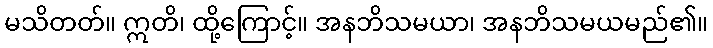
မသိတတ်။ ဣတိ၊ ထို့ကြောင့်။ အနဘိသမယာ၊ အနဘိသမယမည်၏။